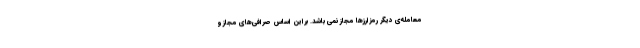
معامله‌ی دیگر رمزارزها مجاز نمی باشد. براین اساس صرافی‌های مجاز و